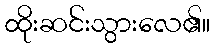
ထိုးဆင်းသွားလေ၏။